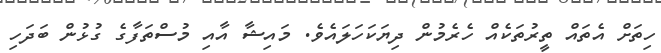
ހިތަށް އެތައް ތީރުތަކެއް ހެރެމުން ދިޔަކަހަލައެވެ. މައިޝާ އާއި މުސްތަފާގެ ގުޅުން ބަދަހި